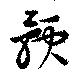
預